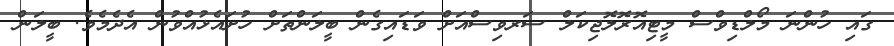
ގައި ހުންނަ މޯލްޑިވްސް މީޓިއޮރޮލޮޖިކަލް ސަރވިސްއަށް ވަޑައިގެން ބީލަންތަށް ހުށައެޅުއްވުން އެދެމެވެ. ބީލަން